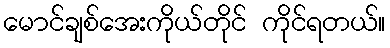
မောင်ချစ်အေးကိုယ်တိုင် ကိုင်ရတယ်။